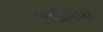
ધપાવવા